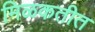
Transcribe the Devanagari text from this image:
मिळकतीत